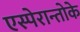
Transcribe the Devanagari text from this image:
एस्पेरान्तोके